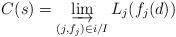
LaTeX: \begin{align*} C(s)=\varinjlim_{(j,f_j)\in i/I} L_j(f_j(d))\end{align*}